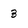
Character: 3